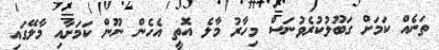
ތަނެއް ކަމަށް ގަބޫލުކުރެވުނަސް މިހާރު މާލެ އޮތީ އެހެން ނޫން ކަމަށާއި މާލޭގައި